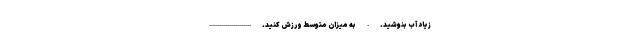
زیاد آب بنوشید. - به میزان متوسط ورزش کنید. ---------------------